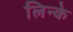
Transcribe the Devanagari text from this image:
लिन्के